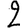
Digit: 2